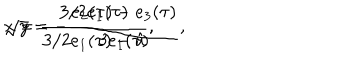
{ \displaystyle x = \frac { 3 / 2 e _ { 1 } ( \tau ) } { 3 / 2 e _ { 1 } ( \tau ) - \hat { u } } , } \hspace { 1 c m } { \displaystyle \sqrt { y } = - \frac { e _ { 2 } ( \tau ) - e _ { 3 } ( \tau ) } { 3 e _ { 1 } ( \tau ) } , }